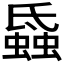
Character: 𧐏